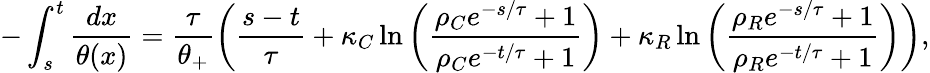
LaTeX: -\int_{s}^{t}\frac{dx}{\theta(x)}=\frac{\tau}{\theta_{+}}\left(\frac{s-t}{\tau}+\kappa_{C}\ln\left(\frac{\rho_{C}e^{-s/\tau}+1}{\rho_{C}e^{-t/\tau}+1}\right)+\kappa_{R}\ln\left(\frac{\rho_{R}e^{-s/\tau}+1}{\rho_{R}e^{-t/\tau}+1}\right)\right),